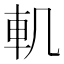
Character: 䡄